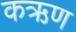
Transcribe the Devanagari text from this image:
कऋण